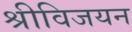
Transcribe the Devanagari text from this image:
श्रीविजयन